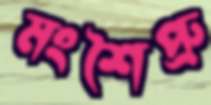
মংশৈপ্রু